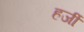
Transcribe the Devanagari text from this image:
हर्जी